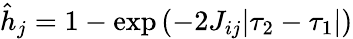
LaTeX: \begin{array}{r}{\hat{h}_{j}=1-\exp\left(-2J_{ij}|\tau_{2}-\tau_{1}|\right)}\end{array}